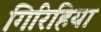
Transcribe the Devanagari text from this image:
गिरिहिया